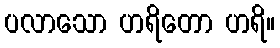
ပလာသော ဟရိတော ဟရိ။